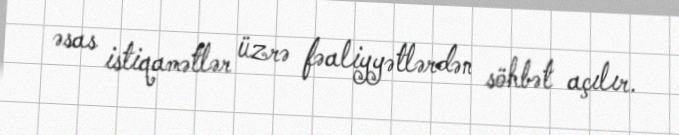
əsas istiqamətlər üzrə fəaliyyətlərdən söhbət açılır.